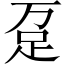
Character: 趸